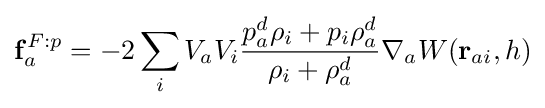
\mathbf {f} _{a}^{F:p}=-2\sum _{i}V_{a}V_{i}{\frac {p_{a}^{d}\rho _{i}+p_{i}\rho _{a}^{d}}{\rho _{i}+\rho _{a}^{d}}}\nabla _{a}W(\mathbf {r} _{ai},h)